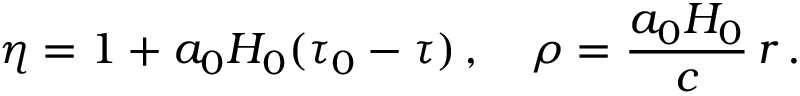
\eta = 1 + a _ { 0 } H _ { 0 } ( \tau _ { 0 } - \tau ) \, , \quad \rho = \frac { a _ { 0 } H _ { 0 } } { c } \, r \, .